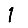
Digit: 1